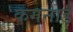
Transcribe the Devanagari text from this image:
कगनार्ड